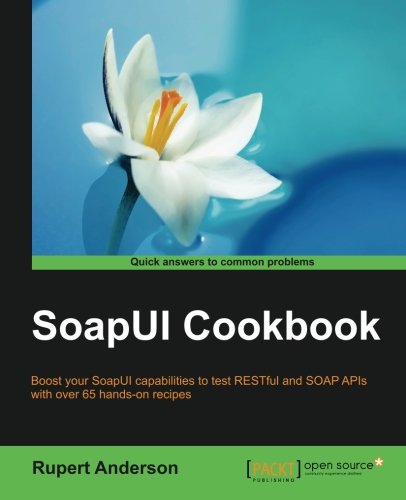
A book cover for SoapUI Cookbook; Rupert Anderson; Computers & Technology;